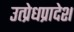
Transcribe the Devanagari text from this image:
उत्प्रेधप्रादेश